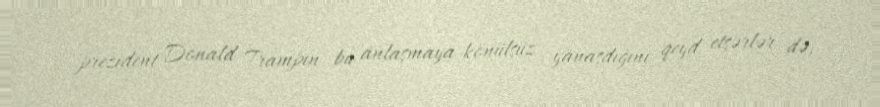
prezident Donald Trampın bu anlaşmaya könülsüz yanaşdığını qeyd etsərlər də,